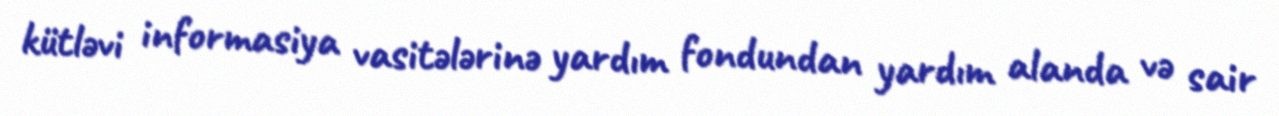
kütləvi informasiya vasitələrinə yardım fondundan yardım alanda və sair